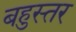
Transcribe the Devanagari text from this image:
बहुस्तर